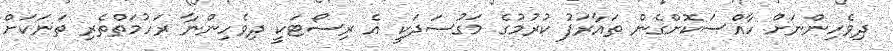
ދިވެހިންނަށް ހާއްސަކޮށްގެން ތައާރަފު ކުރުމުގެ މަގުސަދަކީ އެ ރިސޯޓަކީ ދިވެހިންނާ ރަހުމަތްތެރި ތަނަކަށް